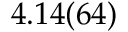
4 . 1 4 ( 6 4 )